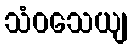
သံဝသေယျ